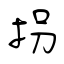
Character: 拐